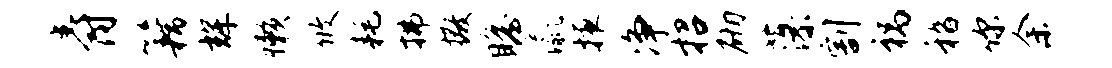
爵籍辉懒攸耗拂撒瞻瀛掖净招砌藻割祸嵇你余